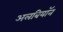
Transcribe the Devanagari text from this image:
अलबियॉन